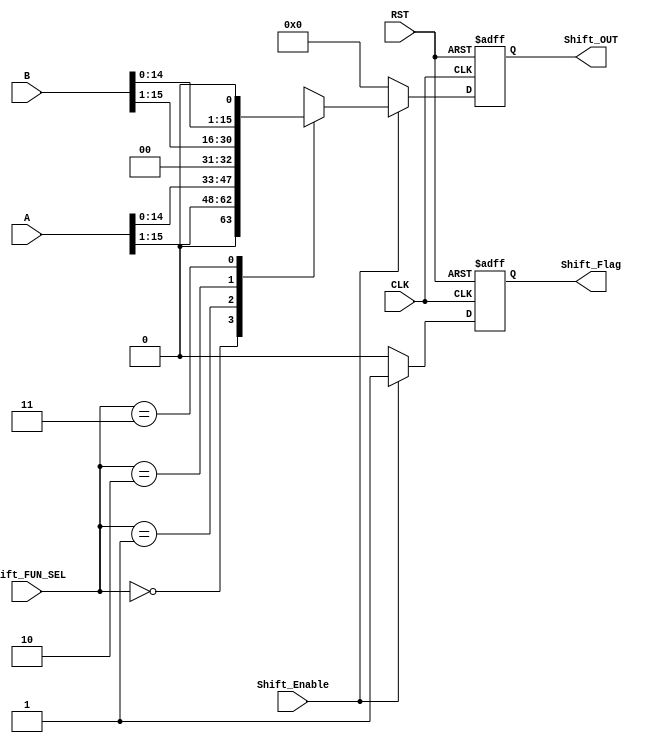
module SHIFT_UNIT #(parameter IN_DATA_WIDTH = 16, OUT_DATA_WIDTH = 16) 
(
    input wire [IN_DATA_WIDTH-1:0]  A,
    input wire [IN_DATA_WIDTH-1:0]  B,
    input wire                      CLK,
    input wire                      RST,
    input wire                      Shift_Enable,
    input wire [1:0]                Shift_FUN_SEL,
    output reg [OUT_DATA_WIDTH-1:0] Shift_OUT,
    output reg                      Shift_Flag
);

    // internal signals declaration
    reg [OUT_DATA_WIDTH-1:0] Shift_OUT_comb;
    wire Shift_Flag_comb;
    // comb always block for shift operation
    always @(*) begin
        Shift_OUT_comb = 'b0;
        if (Shift_Enable) begin
            case (Shift_FUN_SEL)
                2'b00 :
                begin
                    Shift_OUT_comb = A >> 1;
                end 
                2'b01 :
                begin
                    Shift_OUT_comb = A << 1;
                end
                2'b10 :
                begin
                    Shift_OUT_comb = B >> 1;
                end
                2'b11 :
                begin
                    Shift_OUT_comb = B << 1;
                end
                default: 
                begin
                    Shift_OUT_comb = 'b0;
                end
            endcase
        end
        else begin
           Shift_OUT_comb = 'b0; 
        end
    end
    // comb shift flag
    assign Shift_Flag_comb = (Shift_Enable) ? 1'b1 : 1'b0;
    // sequntial always block for output
    always @(posedge CLK or negedge RST) begin
        if (~RST) begin
            Shift_OUT <= 'b0;
            Shift_Flag <= 1'b0;
        end
        else begin
            Shift_OUT <= Shift_OUT_comb;
            Shift_Flag <= Shift_Flag_comb;
        end
    end
endmodule